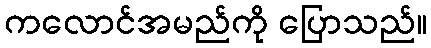
ကလောင်အမည်ကို ပြောသည်။